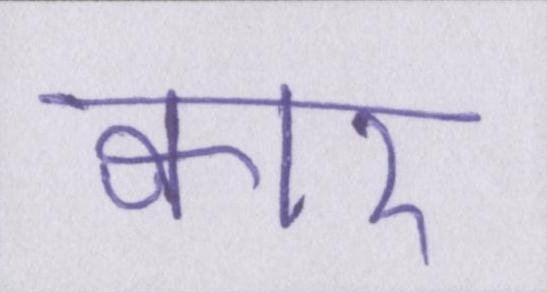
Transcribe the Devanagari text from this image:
क्वार